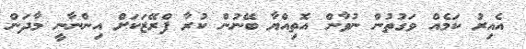
އެއިރު ކަމެއް ވަގުތުން ނުވާން އޮތިއްޔާ ބޭނުން ކުރާ ފްރޭޒަކަށް އިންނާނީ މާދަން